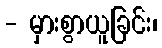
- မှားစွာယူခြင်း၊